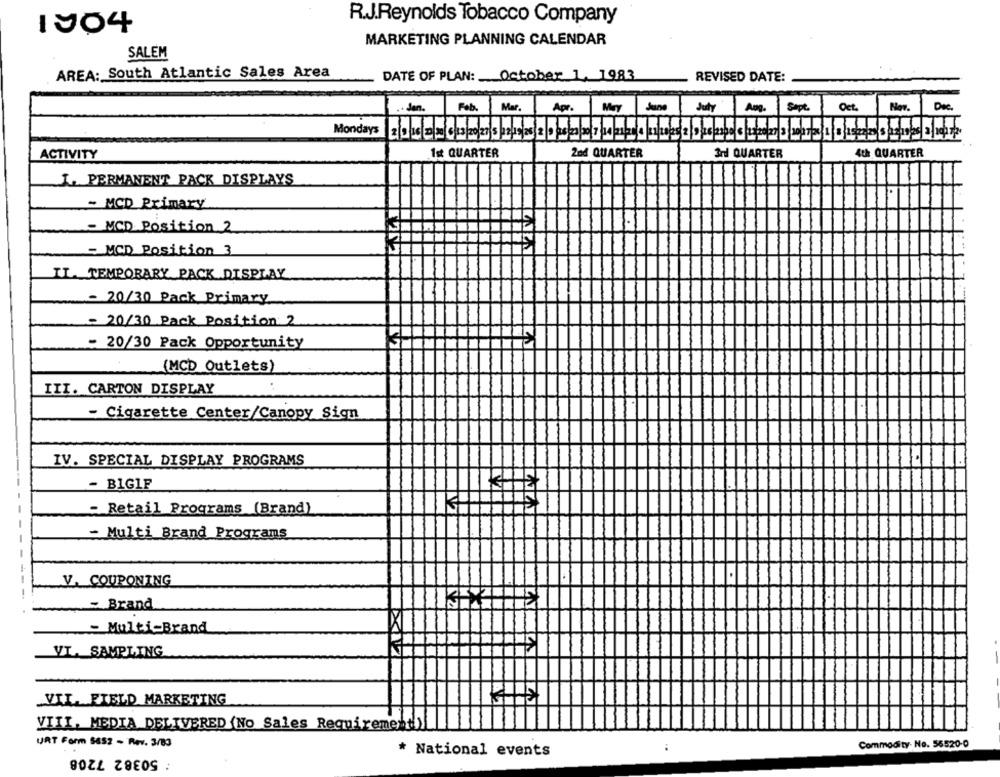
R.J.Reynolds Tobacco Company
1904
MARKETING PLANNING CALENDAR
SALEM
AREA: South Atlantic Sales Area
DATE OF PLAN: October 1, 1983
REVISED DATE:
Feb. Mar.
Apr.
Mey June
July Aug. Sept.
Oct.
Nov.
Dee.
den.
Th
ACTIVITY
1st QUARTER
2nd QUARTER
3rd QUARTER
4th QUARTER
I. PERMANENT PACK DISPLAYS
- MCD Primary
- MCD Position 2
= MCD Position 3
IL. TEMPORARY PACK DISPLAY
- 20/30 Pack Primary
- 20/30 Pack Position 2
- 20/30 Pack Opportunity
(MCD Outlets)
III. CARTON DISPLAY
- Cigarette Center/Canopy Sign
IV. SPECIAL DISPLAY PROGRAMS
- BIGIF
= Retail Programs (Brand)
- Multi Brand Programs
V. COUPONING
Brand
- Multi-Brand
VI. SAMPLING
VII. FIELD MARKETING
VIII, MEDIA DELIVERED (No Sales Requirement))
URT Form 5452 - Rev. 3/83
Commodity. No. 56520-0
: 50382 7208
* National events